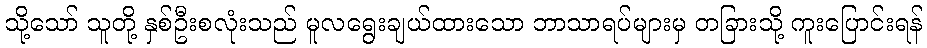
သို့သော် သူတို့ နှစ်ဦးစလုံးသည် မူလရွေးချယ်ထားသော ဘာသာရပ်များမှ တခြားသို့ ကူးပြောင်းရန်